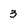
Character: 3